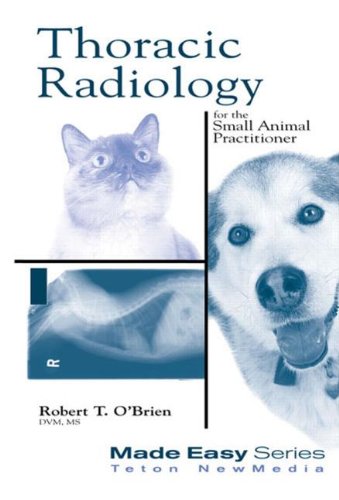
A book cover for Thoracic Radiology for the Small Animal Practitioner (Made Easy Series); Robert O'Brien; Medical Books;